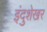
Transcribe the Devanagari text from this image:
इंदुशेखर